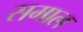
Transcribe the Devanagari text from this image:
समाल